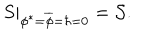
LaTeX: \left. S \right| _ { \phi ^ { \ast } = \overline { { { \phi } } } = \hbar = 0 } = { \cal S } .